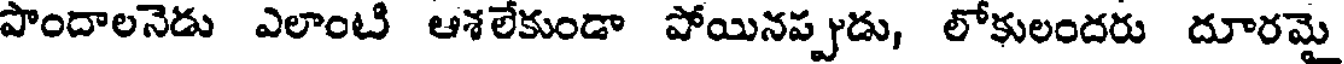
పొందాలనెడు ఎలాంటి ఆశలేకుండా పోయినప్పుడు, లోకులందరు దూరమై